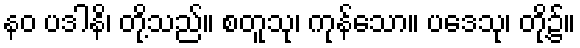
နဝ ပဒါနိ၊ တို့သည်။ စတူသု၊ ကုန်သော။ ပဒေသု၊ တို့၌။